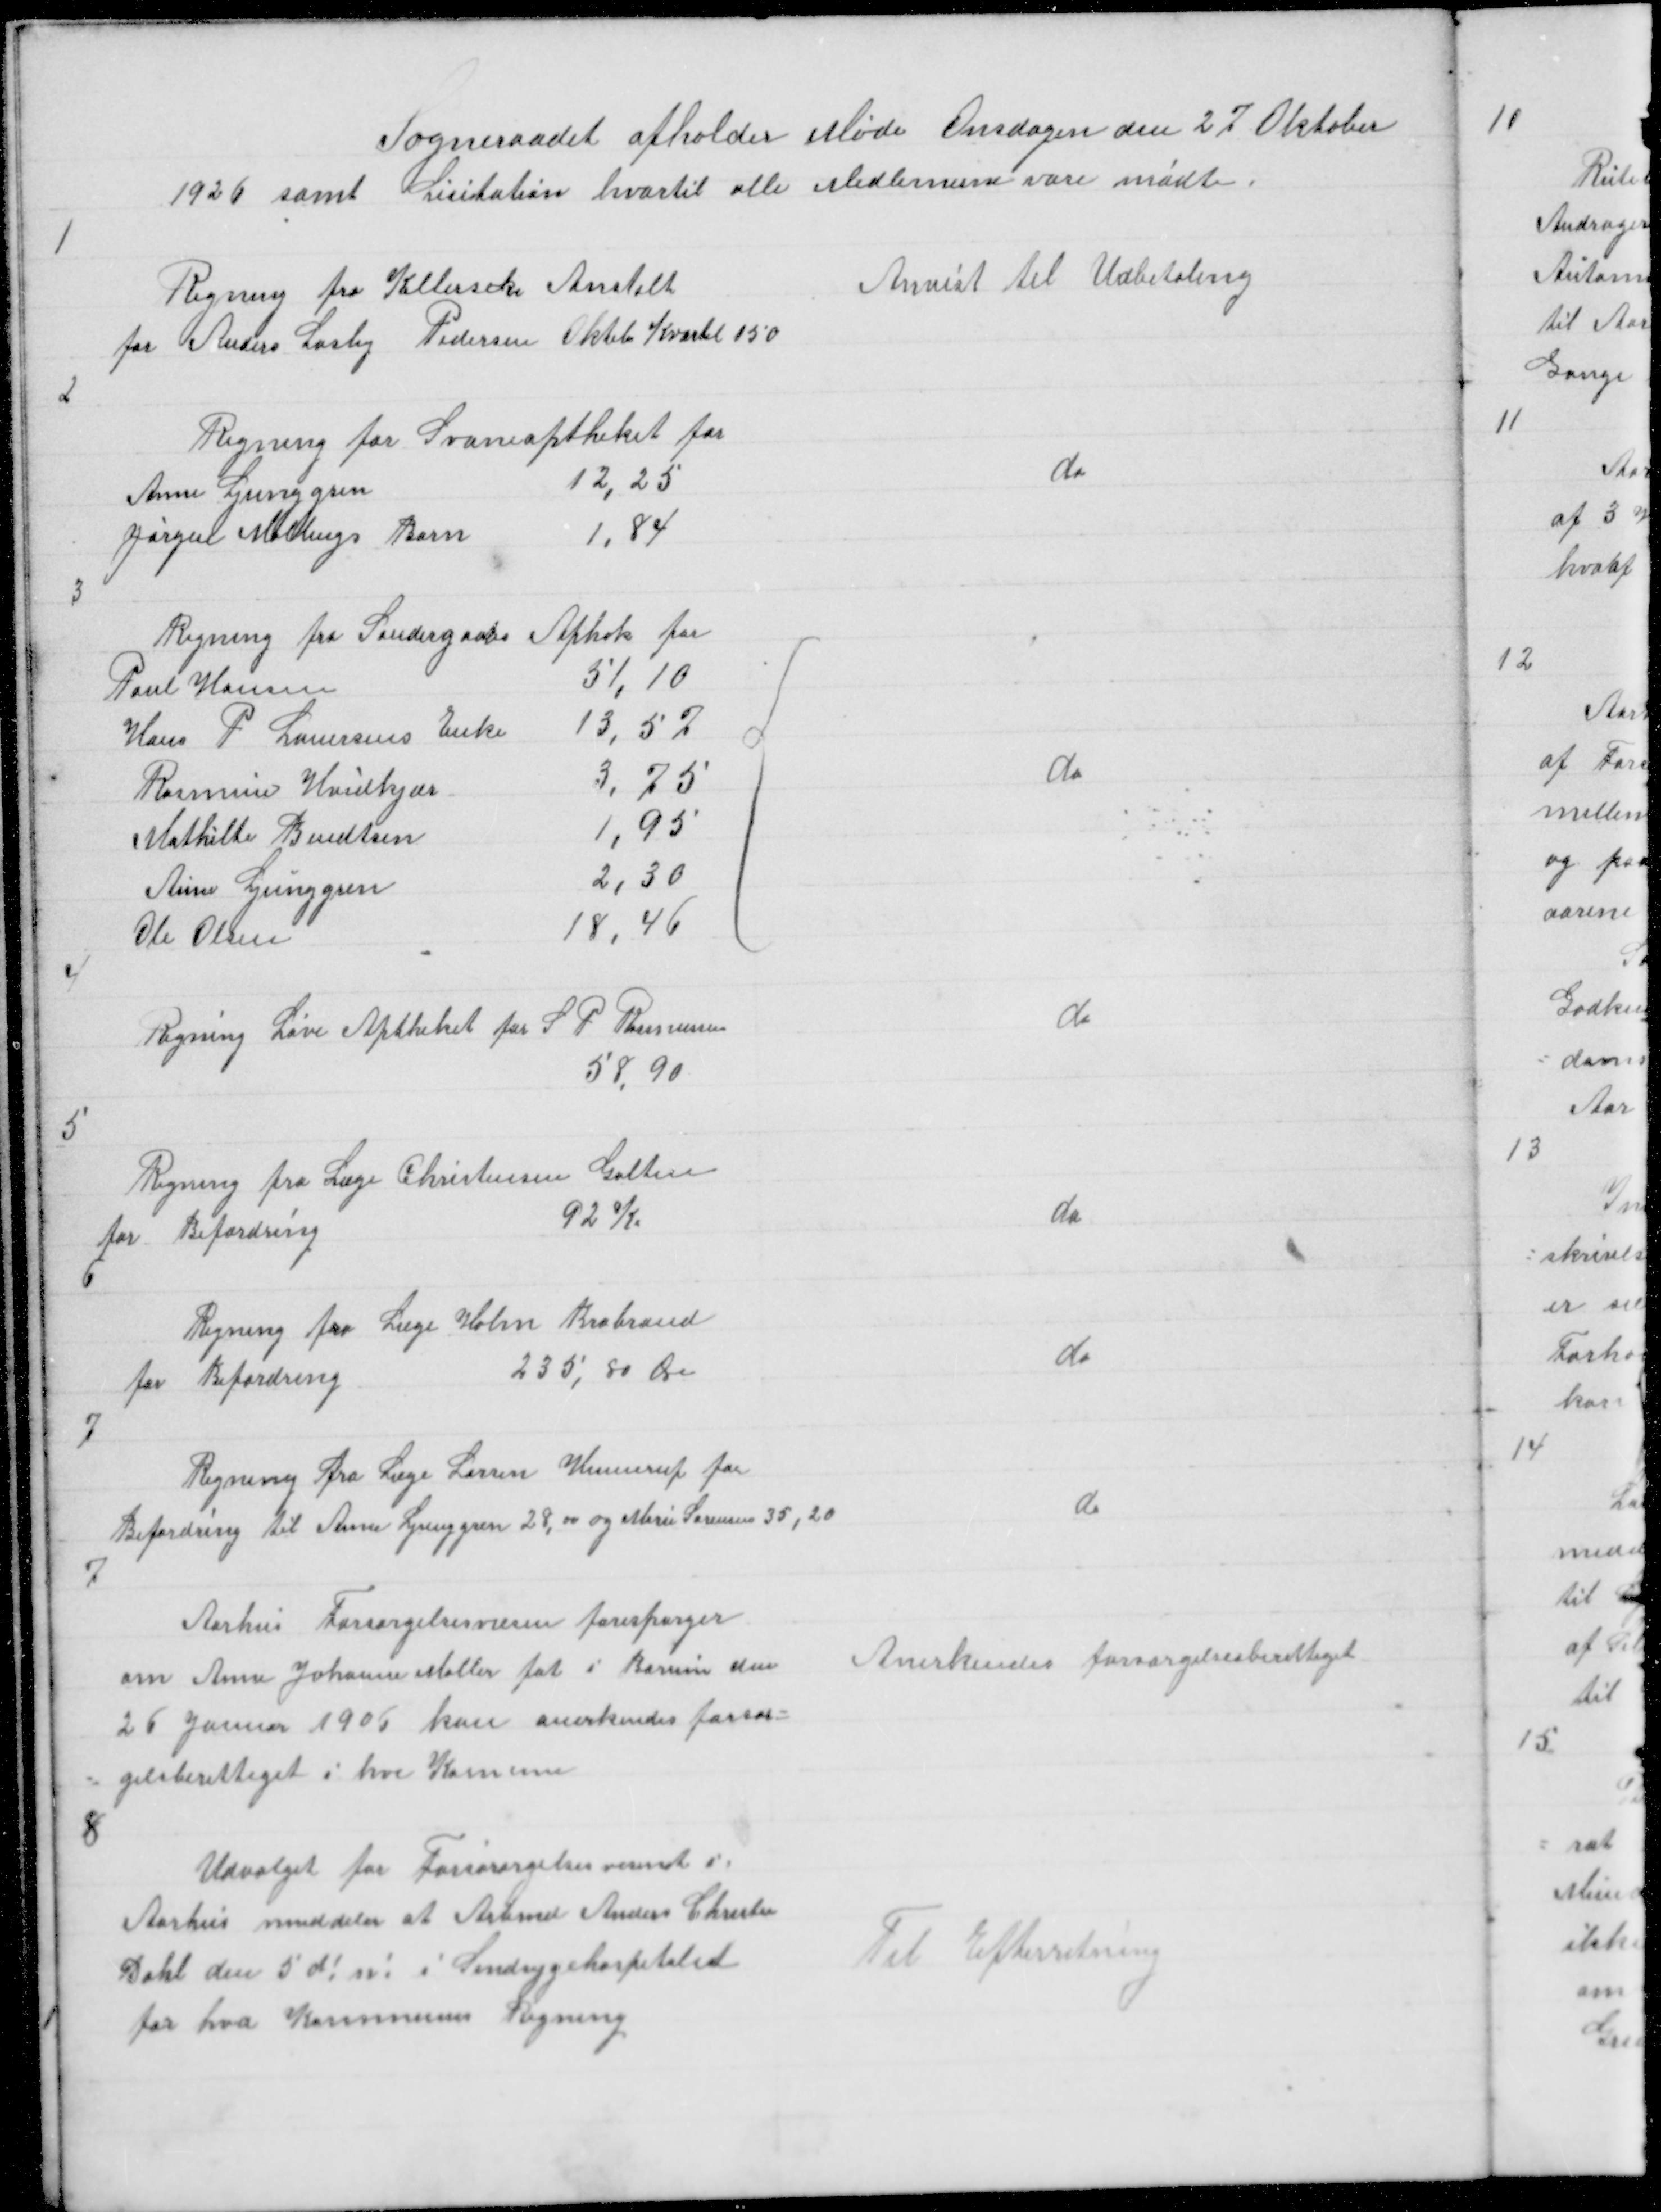
Transskription:
Sogneraadet afholder Møde Onsdagen den 27 Oktober
1926 samt Lisitation hvortil alle Medlemerne vare mødte

1

Regning fra Kellerske Anstalt
for Anders Lasby Pedersen Oktober Kvartal 150

Anvist til Udbetaling

2

Regning fra Svaneaptheket for
Anne Ljunggren
12,25
Jørgen Mallings Barn
1,84

do

3

{

do

4

Regning fra Løve Aptheket for S P Rasmussen
58,90

do

5

Regning fra Læge Christensen Galten
for Befordring
92 Kr
6

do

Regning fra Læge Holm Brabrand
for Befordring
235,80 Øre

do

7

Regning fra Læge Larsen Hinnerup for
Befordring til Anne Ljunggren 28,00 og Marie Sørensen 35,20

do

7

Aarhus Forsørgelsesvæsen forespørger
Om Anne Johanne Møller føt i Borum den
26 Januar 1906 kan anerkendes forsør =
= gelsberettiget i hv Komune

Anerkendes forsørgelsesberettiget

8

Udvalget for Forsørgelsesvesenet i
Aarhus meddeler at Arbmd Anders Christen
Dahl den 5 d! m! i Sindsygehospitalet
for hvd Kommunes Regning

Til Efterretning